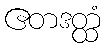
ဧတဒတ္ထံ